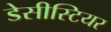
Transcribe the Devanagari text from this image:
डेसीस्टियर